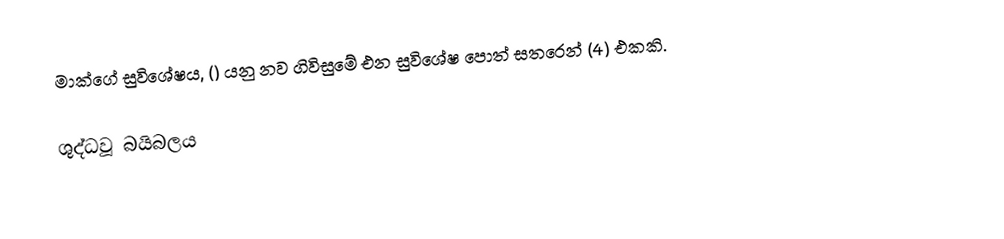
මාක්ගේ සුවිශේෂය, () යනු නව ගිවිසුමේ එන සුවිශේෂ පොත් සතරෙන් (4) එකකි.

ශුද්ධවූ බයිබලය